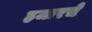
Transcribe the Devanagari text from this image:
हजारचे